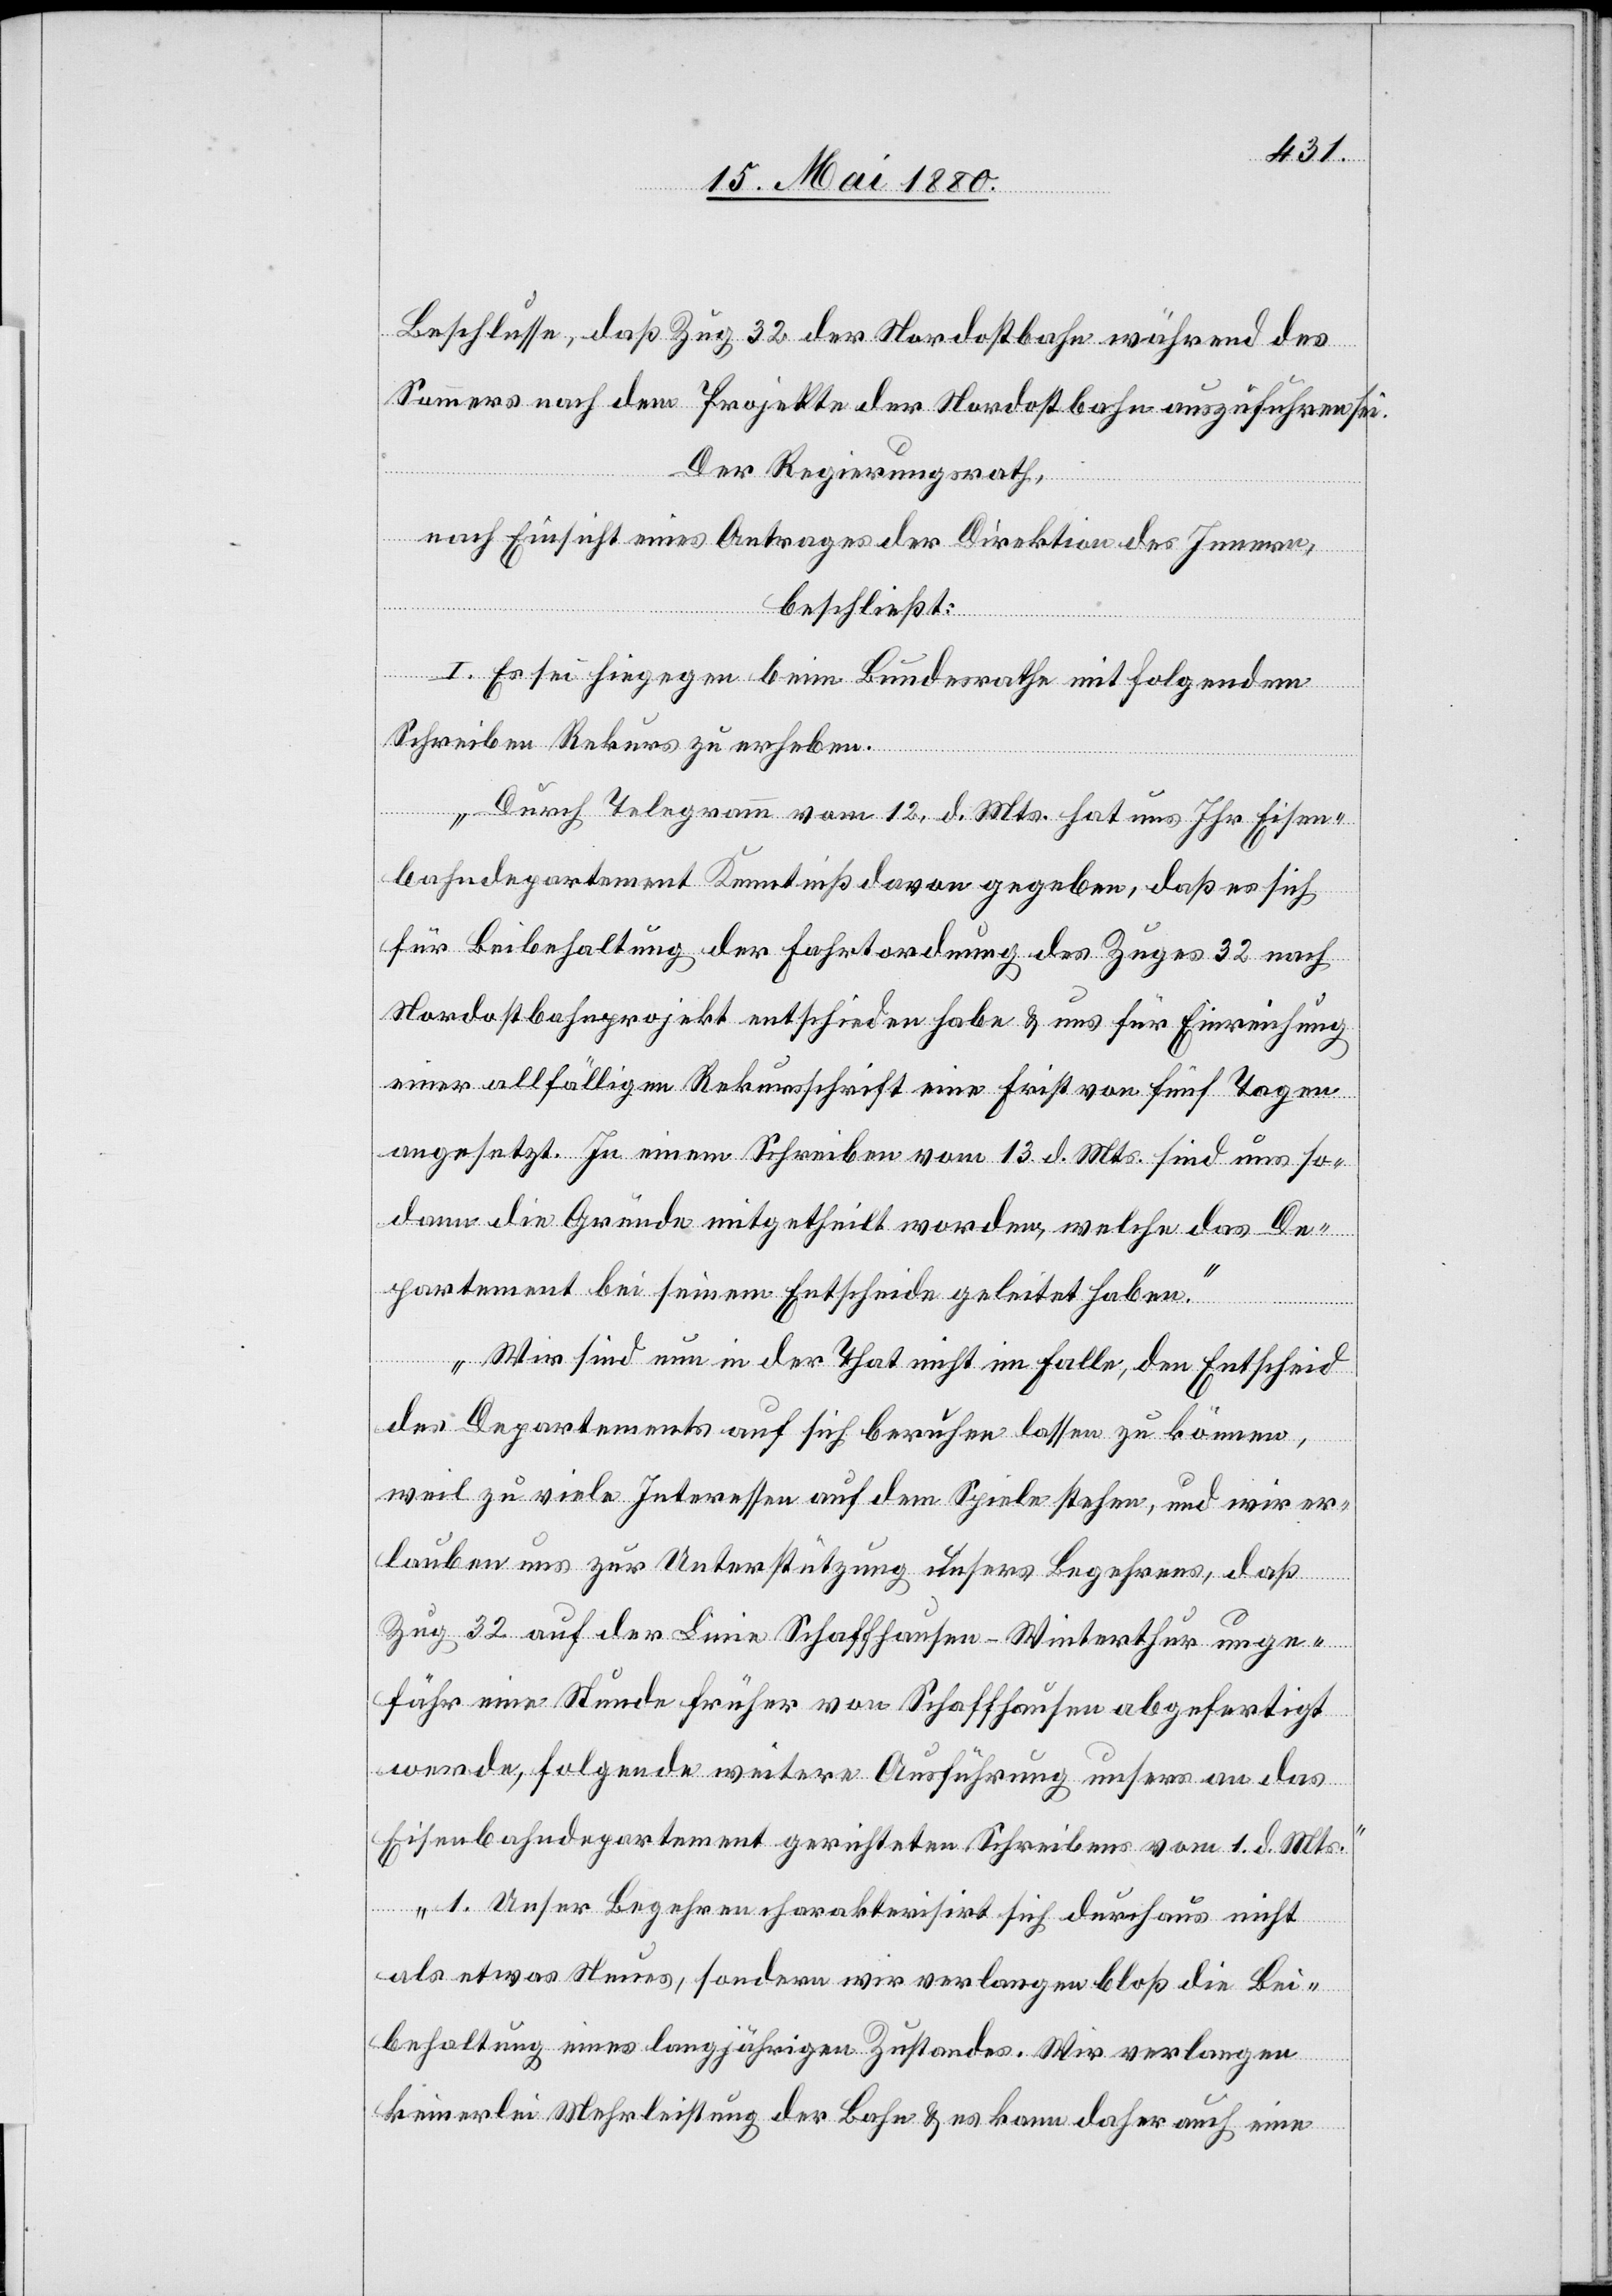
Beschlusse, daß Zug 32 der Nordostbahn während des
Sommers nach dem Projekte der Nordostbahn auszuführen sei.
Der Regierungsrath,
nach Einsicht eines Antrages der Direktion des Innern,
beschließt:
I. Es sei hiegegen beim Bundesrathe mit folgendem
Schreiben Rekurs zu erheben:
„Durch Telegramm vom 12. d. Mts. hat uns Ihr Eisen¬
bahndepartement Kenntniß davon gegeben, daß es sich
für Beibehaltung der Fahrtordnung des Zuges 32 nach
Nordostbahnprojekt entschieden habe & uns für Einreichung
einer allfälligen Rekursschrift eine Frist von fünf Tagen
angesetzt. In einem Schreiben vom 13. d. Mts. sind uns so¬
dann die Gründe mitgetheilt worden, welche das De¬
partement bei seinem Entscheide geleitet haben.
Wir sind nun in der That nicht im Falle, den Entscheid
des Departements auf sich beruhen lassen zu können,
weil zu viele Interessen auf dem Spiele stehen, und wir er¬
lauben uns zur Unterstützung unsers Begehrens, daß
Zug 32 auf der Linie Schaffhausen–Winterthur unge¬
fähr eine Stunde früher von Schaffhausen abgefertigt
werde, folgende weitere Ausführung unsers an das
Eisenbahndepartement gerichteten Schreibens vom 1. d. Mts.
1. Unser Begehren charakterisirt sich durchaus nicht
als etwas Neues, sondern wir verlangen bloß die Bei¬
behaltung eines langjährigen Zustandes. Wir verlangen
keinerlei Mehrleistung der Bahn & es kann daher auch eine